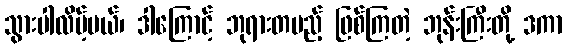
သွားပါလိမ့်မယ်၊ ဒါကြောင့် ဘုရားတပည့် ဖြစ်ကြတဲ့ ဘုန်းကြီးတို့ ဒကာ